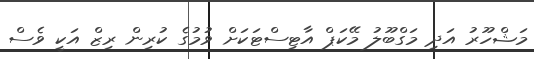
މަޝްހޫރު އަދި މަގްބޫލު މޭކަޕް އާޓިސްޓަކަށް ވުމުގެ ކުރިން ރިޒް އަކީ ވެސް